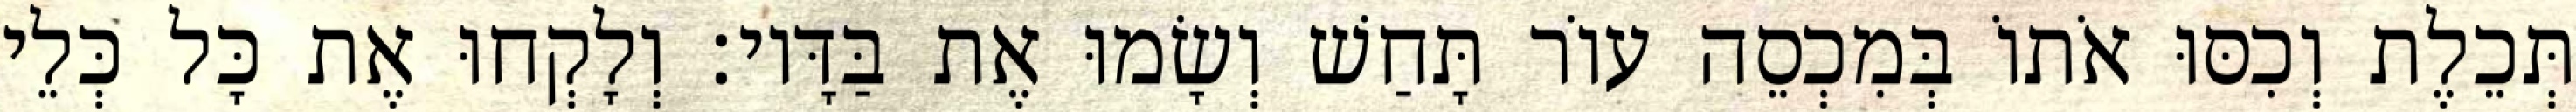
תְּכֵלֶת וְכִסּוּ אֹתוֹ בְּמִכְסֵה עוֹר תָּחַשׁ וְשָׂמוּ אֶת בַּדָּיו׃ וְלָקְחוּ אֶת כָּל כְּלֵי